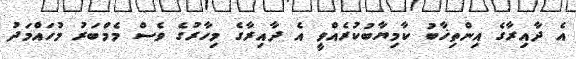
އެ ދާއިރާގެ އިންތިޚާބު ކާމިޔާބުކުރެއްވީ އެ ދާއިރާގެ މިހާރުގެ ވެސް މެމްބަރު މުހައްމަދު